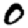
Digit: 0